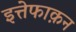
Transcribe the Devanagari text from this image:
इत्तेफाक़न